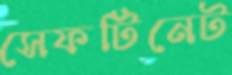
সেফটিনেট